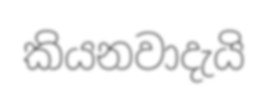
කියනවාදැයි